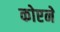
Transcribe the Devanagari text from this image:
कोएने